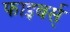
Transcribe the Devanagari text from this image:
फाइबर्स्